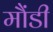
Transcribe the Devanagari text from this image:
मौंडी